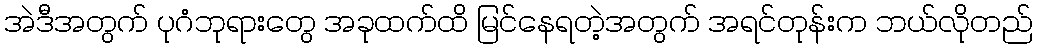
အဲဒီအတွက် ပုဂံဘုရားတွေ အခုထက်ထိ မြင်နေရတဲ့အတွက် အရင်တုန်းက ဘယ်လိုတည်